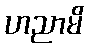
ဟညာမိ